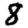
Digit: 8